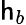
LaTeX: \mathsf{h}_{b}